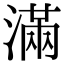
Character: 滿